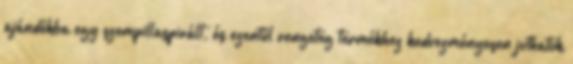
ajándékba egy szempillaspirált, és ezentúl rengeteg termékhez kedvezményesen juthatok